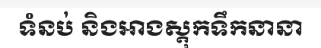
ទំនប់ និងអាងស្តុកទឹកនានា